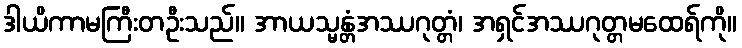
ဒါယိကာမကြီးတဦးသည်။ အာယသ္မန္တံအဿဂုတ္တံ၊ အရှင်အဿဂုတ္တမထေရ်ကို။